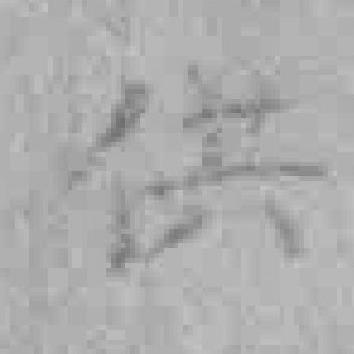
供